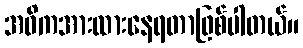
အဓိကအားထားနေရတာဖြစ်ပါတယ်။